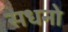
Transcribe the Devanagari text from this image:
सधनो